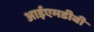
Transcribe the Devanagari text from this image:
आईएमडीबी